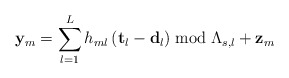
\begin{align*}\mathbf{y}_{m}=\sum_{l=1}^{L}h_{ml}\left(\mathbf{t}_{l}-\mathbf{d}_{l}\right)\bmod\Lambda_{s,l}+\mathbf{z}_{m}\end{align*}